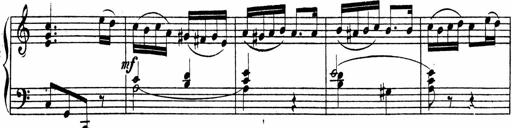
Title: Piano Sonata
Composer: Karl HÃ¤ssler
Key: C major